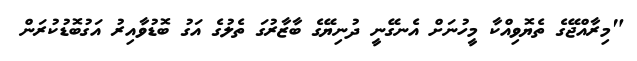
"މިރާއްޖޭގެ ތެޔޮވިއްކާ މީހުނަށް އެނގޭނީ ދުނިޔޭގެ ބާޒާރުގަ ތެލުގެ އަގު ބޮޑުވާއިރު އަގުބޮޑުކުރަން